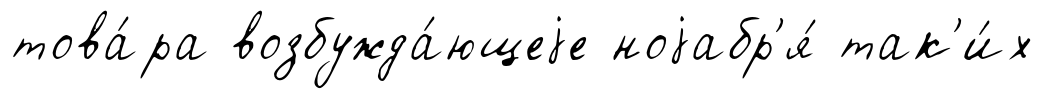
това́ра возбужда́ющеjе ноjабр'я́ так'и́х